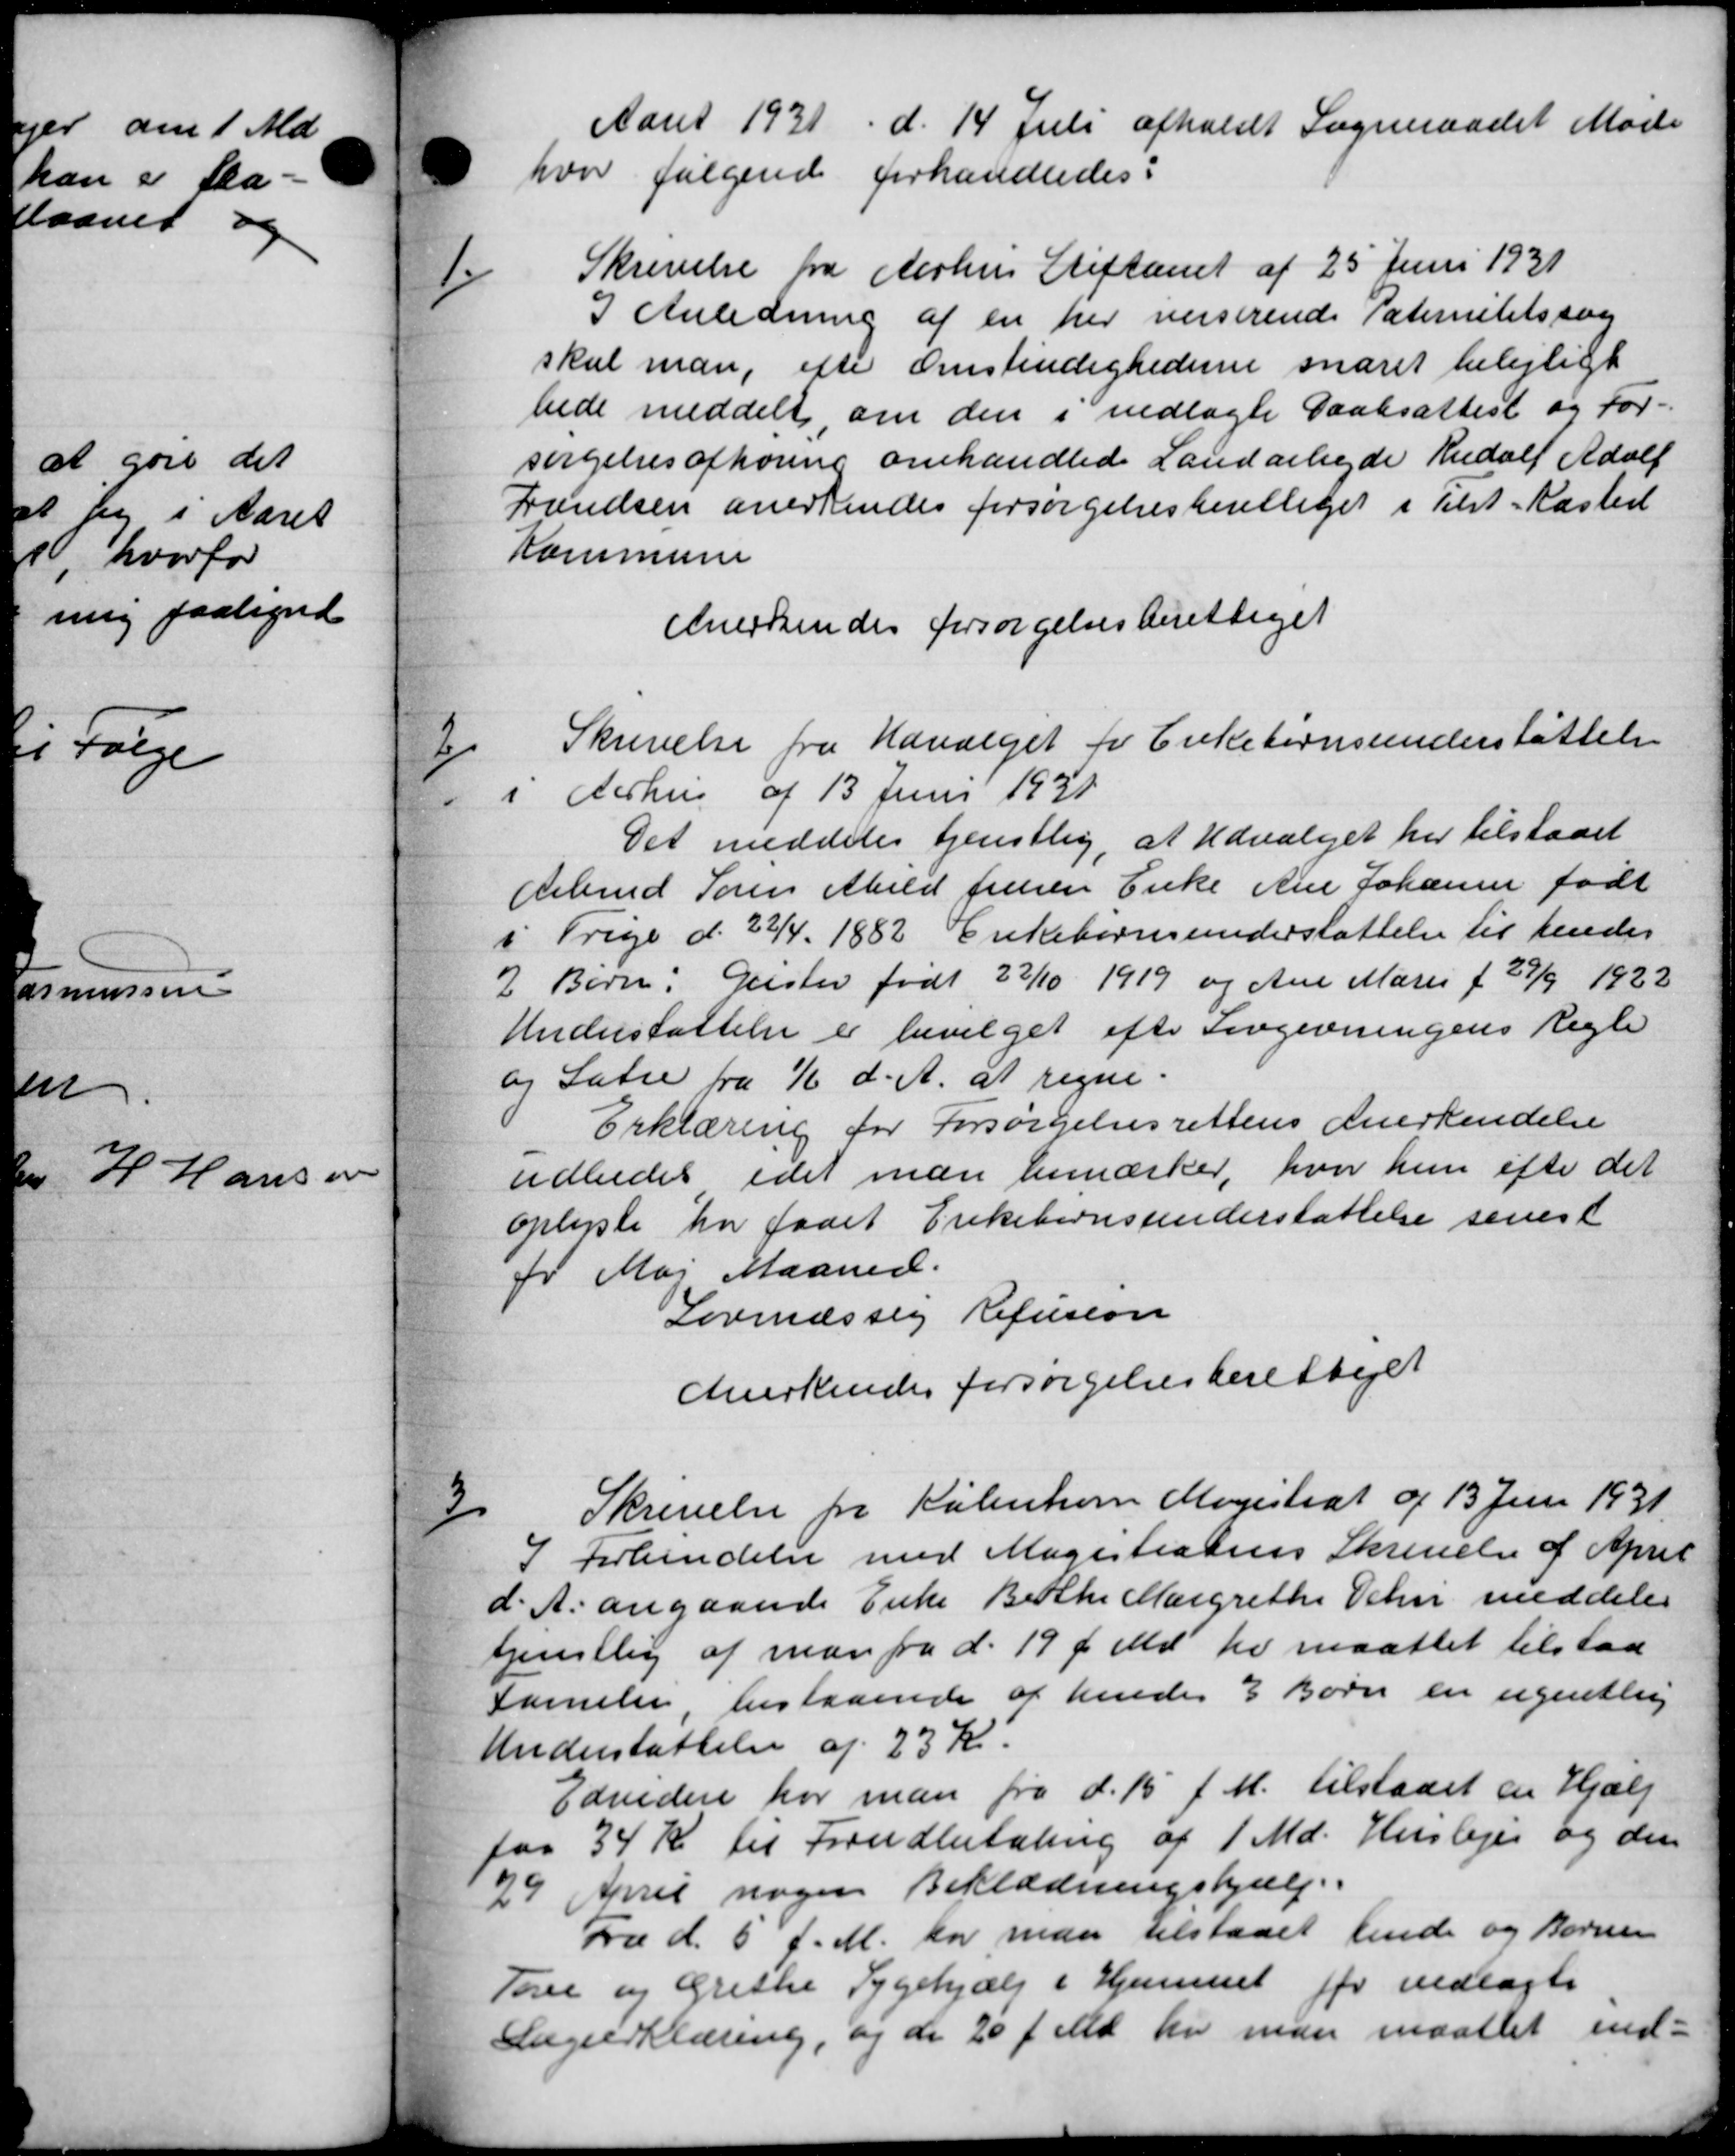
Transskription:
Aaret 1931 d. 14 Juli afholdt Sogneraadet Møde
hvor følgende forhandledes:
1
Skrivelse fra Aarhus Stiftamt af 25 Juni 1931
I Anledning af en her veiserende Paternitetssag
skal man, efter Omstindighederne snaret belejligt
bede meddelt om den i vedlagte Daabsattest og For-
sørgelsesafhøring omhandlede Landarbejde Rudolf Adolf
Frandsen anerkendes forsørgelsesberettiget i Tilst-Kasted
Kommune
Anerkendes forsørgelsesberettiget

Skrivelse fra Udvalget for Enkebørnsunderstøttelse
i Århus af 13 Juni 1931
Det meddeles tjenstlig, at Udvalget her tilstaaet
Arbmd Søren Abild Jensen Enke Ane Johanne født
i Trige d. 22/4. 1882 Enkebørnsunderstøttelse til hendes
2 Børn: Geislev født 22/10 1919 og Ane Marie f 27/9 1922
Understøttelse er bevilget efter Lovgivningens Regle
og Latre fra 1/6 d. A. at regne.
Erklæring for Forsørgelsesrettens Anerkendelse
udbedes idet man bemærker, hvor hun efte det
oplyste har faaet Enkebørnsunderstøttelse senest
fr. Maj Maaned.
Lovmæssig Refusion
Anerkendes forsørgelsesberettiget

Skrivelse fra København Magistrat af 13 Juni 1931.
I Forbindelse med Magistratens Skrivelse af April
d. A. angaaende Enke Bethe Margrethe Schni meddeles
tjenstlig af man fra d. 19 f. Md. til maattet tilstaa
familie bestaaende at hendes 3 Børn en ugentlig
Understøttelse af 23 Kr.
Edvidere har man fra d. 15 f. M. tilstaaet en Hjælp
for 34 Kr til Forudbetaling af 1 Md. Huslejer og den
29 April nogen Beklædningshjælp.
Fra d. 6 f. M. har man tilstaaet hende og Børnen
Tove og Griske Sygehjælp i Hjemmet for vedlagte
Augerklæring, og de 20 f. Md. har man maattet ind-